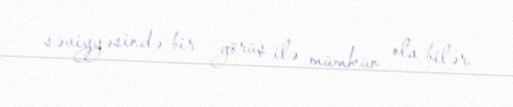
səviyyəsində bir görüş ilə mümkün ola bilər.